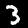
Digit: 3